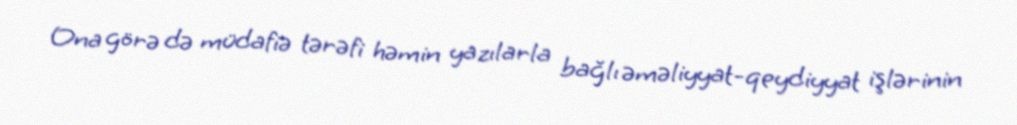
Ona görə də müdafiə tərəfi həmin yazılarla bağlı əməliyyat-qeydiyyat işlərinin